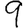
Digit: 9